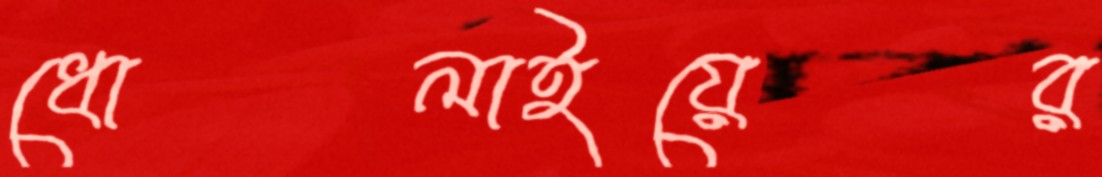
ধোলাইয়ের